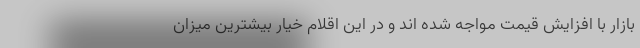
بازار با افزایش قیمت مواجه شده اند و در این اقلام خیار بیشترین میزان